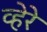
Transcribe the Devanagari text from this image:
व्हेरे